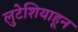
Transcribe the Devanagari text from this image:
लुटेशियाहून